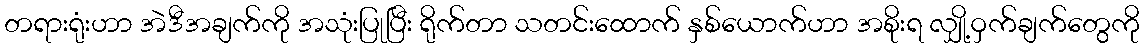
တရားရုံးဟာ အဲဒီအချက်ကို အသုံးပြုပြီး ရိုက်တာ သတင်းထောက် နှစ်ယောက်ဟာ အစိုးရ လျှို့ဝှက်ချက်တွေကို